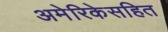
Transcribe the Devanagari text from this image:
अमेरिकेसहित